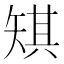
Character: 𪿋